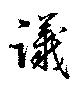
議